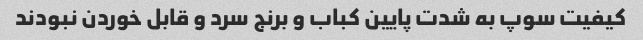
کیفیت سوپ به شدت پایین کباب و برنج سرد و قابل خوردن نبودند